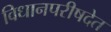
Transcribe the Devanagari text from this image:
विधानपरीषदेत